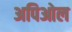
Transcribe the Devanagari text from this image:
अपिओल